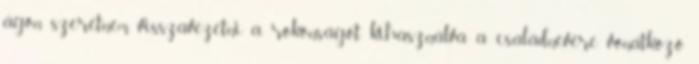
ágon szeretném visszavezetni a rokonságot, kihasználva a családnevére vonatkozó